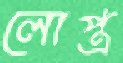
লোপ্ত্র